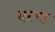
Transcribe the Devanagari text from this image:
एरण्ड